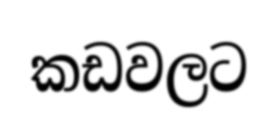
කඩවලට